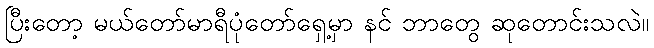
ပြီးတော့ မယ်တော်မာရီပုံတော်ရှေ့မှာ နင် ဘာတွေ ဆုတောင်းသလဲ။